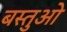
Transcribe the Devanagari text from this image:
बस्तुओ